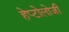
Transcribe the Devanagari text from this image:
हेप्टोलोजी